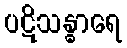
ပဋိသန္ဓာရေ